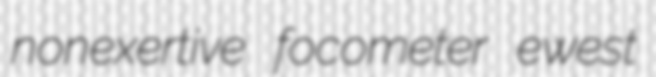
nonexertive focometer ewest